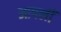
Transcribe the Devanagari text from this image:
आपलीं